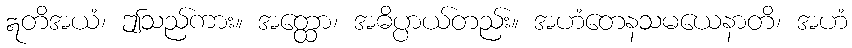
ဣတိအယံ၊ ဤသည်ကား။ အတ္ထော၊ အဓိပ္ပာယ်တည်း။ အဟံတေနသမယေနာတိ၊ အဟံ